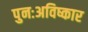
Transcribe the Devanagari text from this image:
पुनःअविष्कार